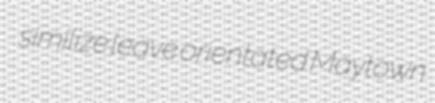
similize leave orientated Maytown